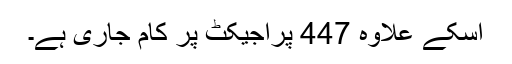
اسکے علاوہ 447 پراجیکٹ پر کام جاری ہے۔